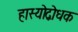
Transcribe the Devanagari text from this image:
हास्योद्बोधक